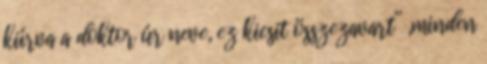
kiírva a doktor úr neve, ez kicsit összezavart” „minden